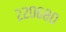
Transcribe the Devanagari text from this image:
२२०६८०